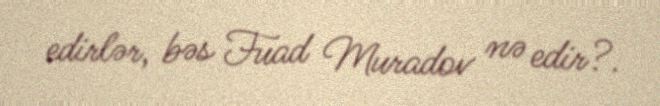
edirlər, bəs Fuad Muradov nə edir?.